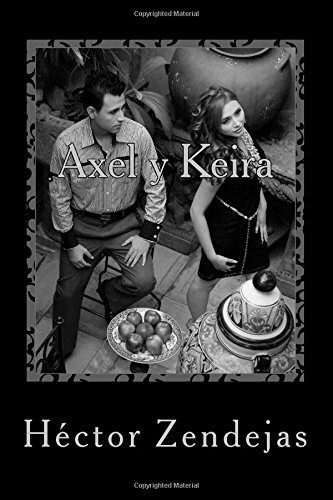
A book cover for Axel y Keira (Spanish Edition); Hector Zendejas; Teen & Young Adult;